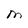
Character: M